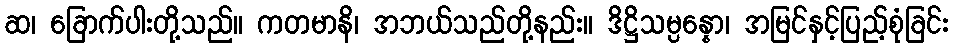
ဆ၊ ခြောက်ပါးတို့သည်။ ကတမာနိ၊ အဘယ်သည်တို့နည်း။ ဒိဋ္ဌိသမ္ပန္နော၊ အမြင်နှင့်ပြည့်စုံခြင်း